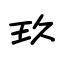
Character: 玖